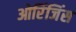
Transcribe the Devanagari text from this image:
ओरिंजिंस